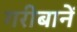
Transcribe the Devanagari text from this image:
गरीबानें